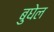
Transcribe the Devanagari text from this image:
बुघेल